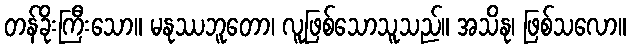
တန်ခိုးကြီးသော။ မနုဿဘူတော၊ လူဖြစ်သောသူသည်။ အသိနု၊ ဖြစ်သလော။